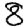
Digit: 8